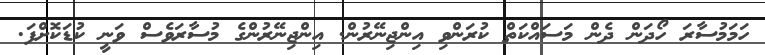
ހަމަމުސާރަ ހޯދަން ދެން މަސައްކަތް ކުރަންވި އިންޖިނޭރުން. އިންޖިނޭރުންގެ މުސާރަވެސް ވަނީ ކުޑަކޮށްފަ.